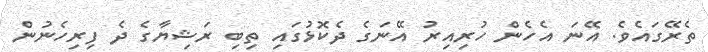
ތެރޭގައެވެ. އޭނަ އެހެން ހުރިއިރު އޭނަގެ ދެކޮޅުގައި ތިބި ރަޝިޔާގެ ދެ ފިރިހެނުން